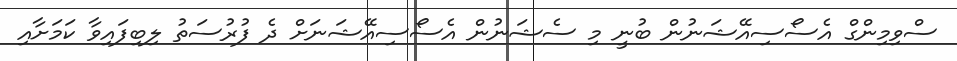
ސްވިމިންގް އެސޯސިއޭޝަނުން ބުނީ މި ސެޝަނުން އެސޯސިއޭޝަނަށް ދެ ފުރުސަތު ލިބިފައިވާ ކަމަށާއި